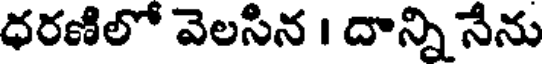
ధరణిలో వెలసిన । దాన్ని నేను